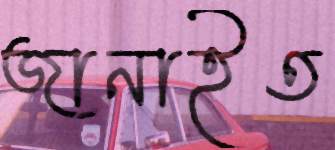
জানাইত